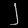
Digit: ၂